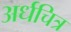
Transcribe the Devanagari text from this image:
अर्धचित्र